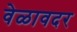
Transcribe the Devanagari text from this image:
वेळावदर